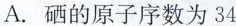
A.硒的原子序数为34